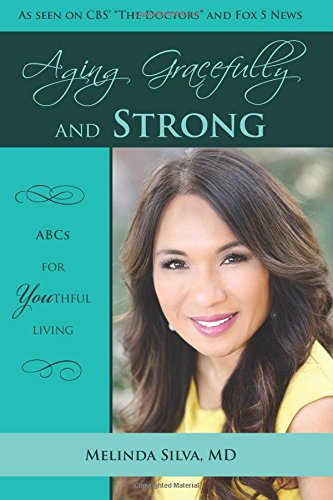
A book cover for Aging Gracefully and Strong: ABCs of YOUthful Living; Melinda Silva MD; Health, Fitness & Dieting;